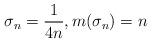
LaTeX: \begin{align*}\sigma_n=\frac{1}{4n},m(\sigma_n)=n\end{align*}